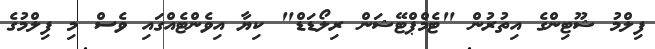
ފިލްމު ޝޫޓިންގެ އިތުރުން "ޓެމްޕްޓޭޝަން ރިލޯޑަޑް" ކިޔާ އިވެންޓެއްގައި ވެސް މި ފިލްމުގެ